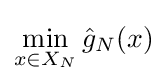
\min _{x\in X_{N}}{\hat {g}}_{N}(x)